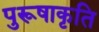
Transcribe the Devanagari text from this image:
पुरूषाकृति